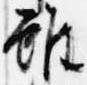
雖